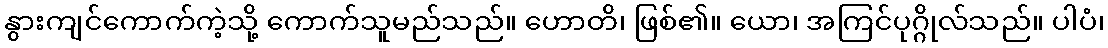
နွားကျင်ကောက်ကဲ့သို့ ကောက်သူမည်သည်။ ဟောတိ၊ ဖြစ်၏။ ယော၊ အကြင်ပုဂ္ဂိုလ်သည်။ ပါပံ၊